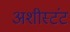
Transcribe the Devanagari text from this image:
अशीस्टंट